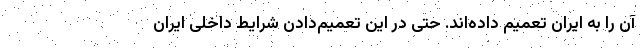
آن را به ایران تعمیم داده‌اند. حتی در این تعمیم‌دادن شرایط داخلی ایران